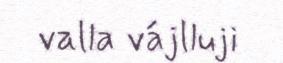
valla vájlluji